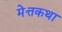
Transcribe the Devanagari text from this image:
मेत्तकथा